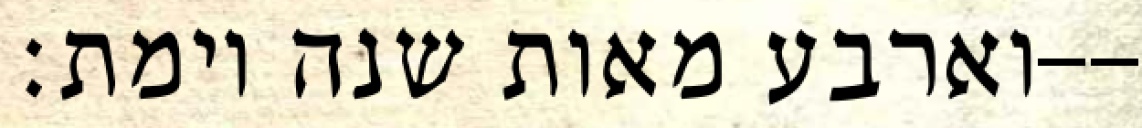
וארבע מאות שנה וימת׃--